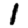
Digit: 1